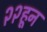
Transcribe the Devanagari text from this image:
२२हून